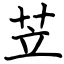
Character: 苙